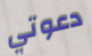
دعوتي